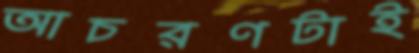
আচরণটাই